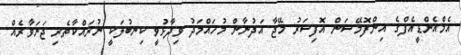
އެމްއެންޑީއެފްގެ އިންފޮމޭޝަން އޮފިސަރު މޭޖާ އަދުނާން މުހައްމަދު ވިދާޅުވީ ކިނބުލަކީ ނުރައްކާތެރި ޖަނަވާރެއް